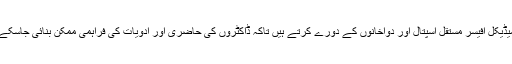
میڈیکل آفیسر مستقل اسپتال اور دواخانوں کے دورے کرتے ہیں تاکہ ڈاکٹروں کی حاضری اور ادویات کی فراہمی ممکن بنائی جاسکے۔